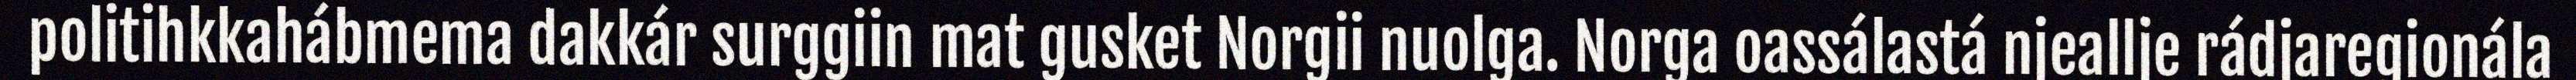
politihkkahábmema dakkár surggiin mat gusket Norgii nuolga. Norga oassálastá njeallje rádjaregionála